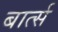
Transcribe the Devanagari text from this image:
बार्त्स